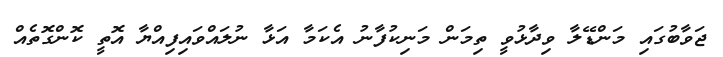
ޖަވާބުގައި މަންޑޭލާ ވިދާޅުވީ ތިމަން މަނިކުފާނު އެކަމާ އަޅާ ނުލައްވައިފިއްޔާ އޮތީ ކޮންގޮތެއް